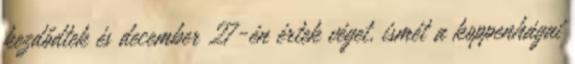
kezdődtek és december 27-én értek véget, ismét a koppenhágai